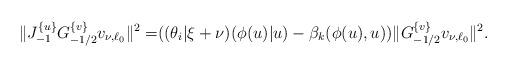
LaTeX: \begin{align*} \Vert J^{\{u\}}_{-1}G^{\{v\}}_{-1/2}v_{\nu,\ell_0}\Vert^2=&((\theta_i|\xi+\nu)(\phi(u)|u)-\beta_k(\phi(u),u))\Vert G^{\{v\}}_{-1/2}v_{\nu,\ell_0}\Vert^2. \end{align*}